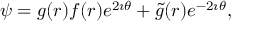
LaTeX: \psi = g ( r ) f ( r ) e ^ { 2 \imath \theta } + \tilde { g } ( r ) e ^ { - 2 \imath \theta } ,